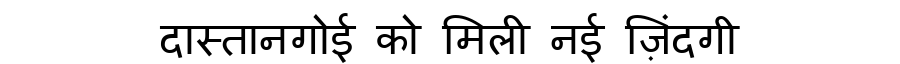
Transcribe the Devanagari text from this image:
दास्तानगोई को मिली नई ज़िंदगी